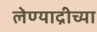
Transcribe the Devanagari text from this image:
लेण्याद्रीच्या